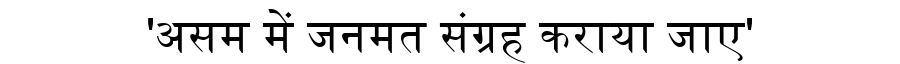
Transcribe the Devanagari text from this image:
'असम में जनमत संग्रह कराया जाए'